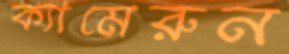
ক্যামেরুন